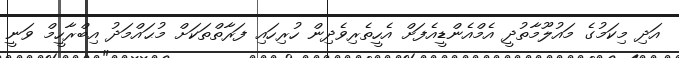
އަދި މިކަމުގެ މައުލޫމާތުދީ އެމްއެންޑީއެފަށް އެހީތެރިވެދިން ހުރިހައި ފަރާތްތަކަށް މުޙައްމަދު އިބްރާހީމް ވަނީ